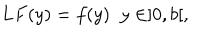
LaTeX: L F ( y ) = f ( y ) \; \; y \in ] 0 , b [ ,